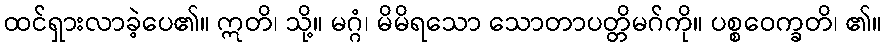
ထင်ရှားလာခဲ့ပေ၏။ ဣတိ၊ သို့။ မဂ္ဂံ၊ မိမိရသော သောတာပတ္တိမဂ်ကို။ ပစ္စဝေက္ခတိ၊ ၏။